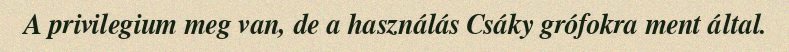
A privilegium meg van, de a használás Csáky grófokra ment által.